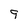
Character: 9